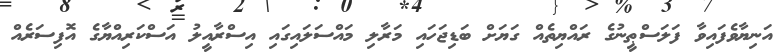
އަނިޔާވެފައިވާ ފަލަސްޠީނުގެ ރައްޔިތެއް ގަޔަށް ބަޑިޖަހައި މަރާލި މައްސަލައިގައި އިސްރާއީލު އަސްކަރިއްޔާގެ އޮފިސަރެއް